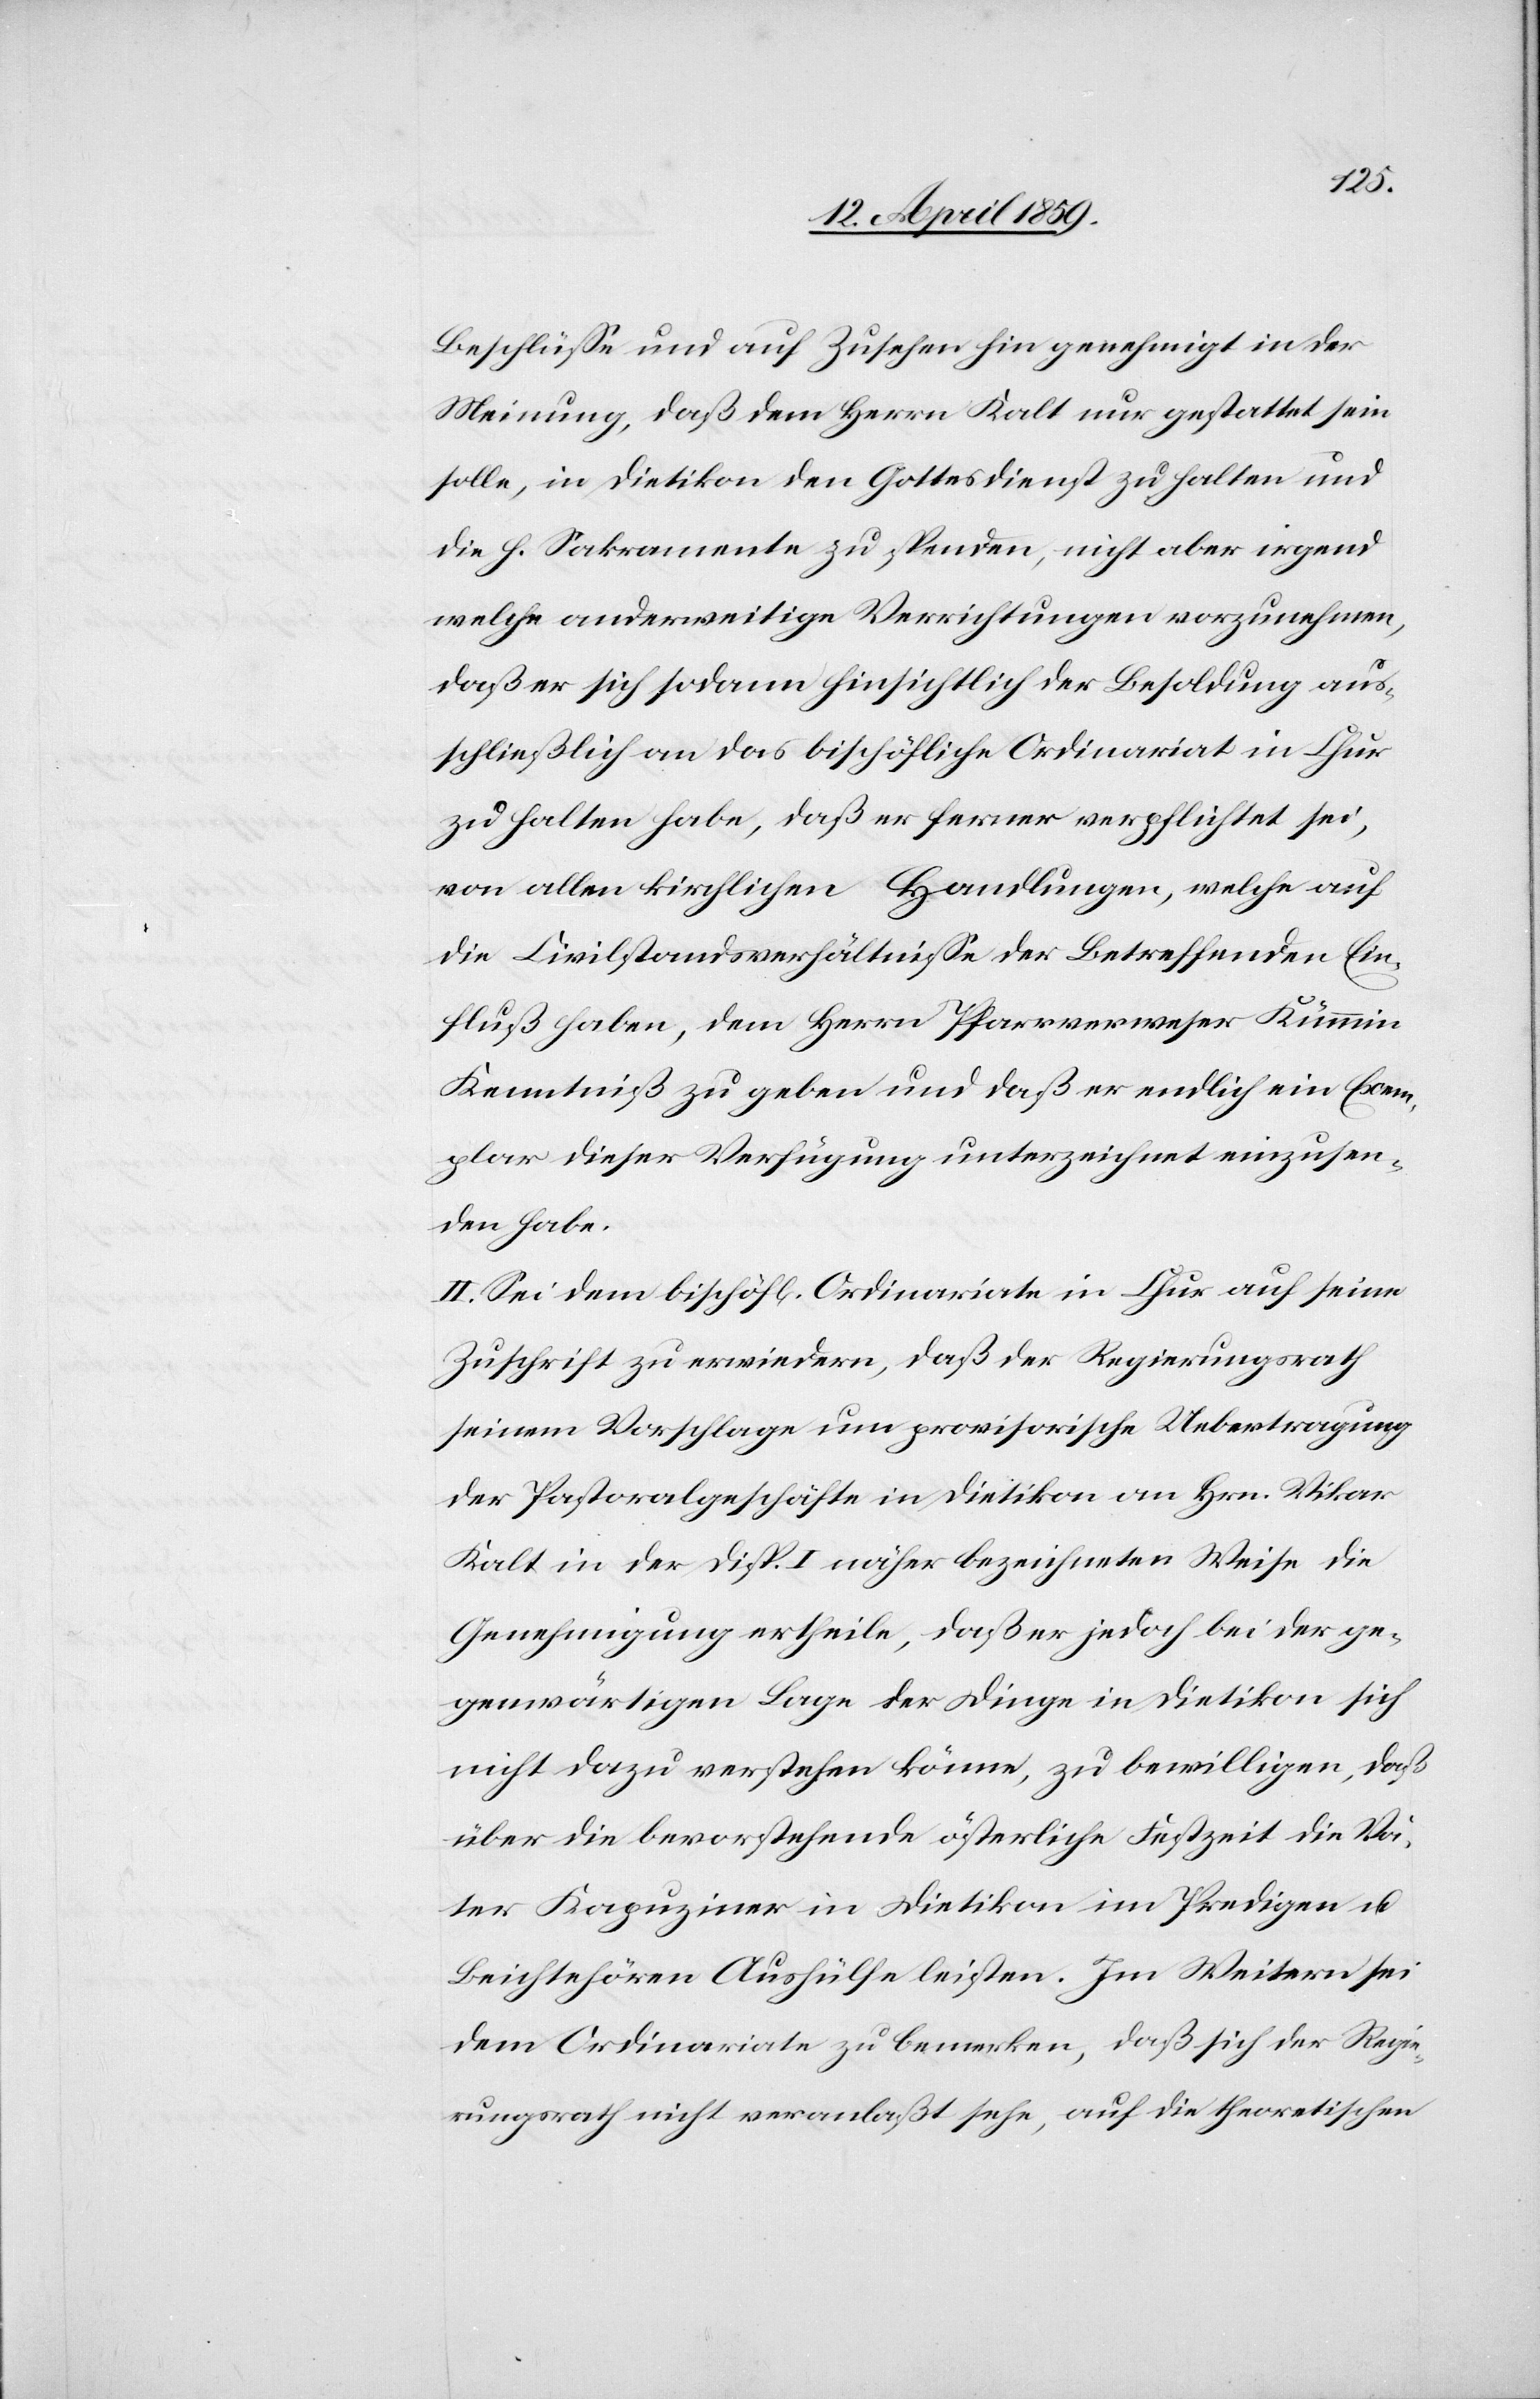
Beschlüße und auf Zusehen hin genehmigt in der
Meinung, daß dem Herrn Kalt nur gestattet sein
solle, in Dietikon den Gottesdienst zu halten und
die h. Sakramente zu spenden, nicht aber irgend
welche anderweitige Verrichtungen vorzunehmen,
daß er sich sodann hinsichtlich der Besoldung aus¬
schließlich an das bischöfliche Ordinariat in Chur
zu halten habe, daß er ferner verpflichtet sei,
von allen kirchlichen Handlungen, welche auf
die Civilstandsverhältniße der Betreffenden Ein¬
fluß haben, dem Herrn Pfarrverweser Kümmin
Kenntniß zu geben und daß er endlich ein Exem¬
plar dieser Verfügung unterzeichnet einzusen¬
den habe.
II. Sei dem bischöfl. Ordinariate in Chur auf seine
Zuschrift zu erwiedern, daß der Regierungsrath
seinen Vorschlag um provisorische Uebertragung
der Pastoralgeschäfte in Dietikon an Hrn. Vikar
Kalt in der Disp. I näher bezeichneten Weise die
Genehmigung ertheile, daß er jedoch bei der ge¬
genwärtigen Lage der Dinge in Dietikon sich
nicht dazu verstehen könne, zu bewilligen, daß
über die bevorstehende österliche Festzeit die Vä¬
ter Kapuziner in Dietikon im Predigen u.
Beichtehören Aushülfe leisten. Im Weitern sei
dem Ordinariate zu bemerken, daß sich der Regie¬
rungsrath nicht veranlaßt sehe, auf die theoretischen